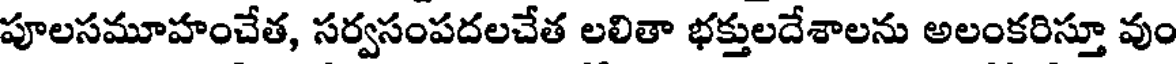
పూలసమూహంచేత, సర్వసంపదలచేత లలితా భక్తులదేశాలను అలంకరిస్తూ వుం